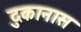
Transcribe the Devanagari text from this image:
दुकानास